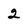
Character: 2